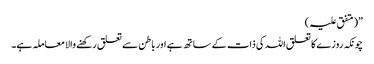
”(متفق علیہ )
چونکہ روزے کا تعلق اللہ کی ذات کے ساتھ ہے اور باطن سے تعلق رکھنے والا معاملہ ہے۔